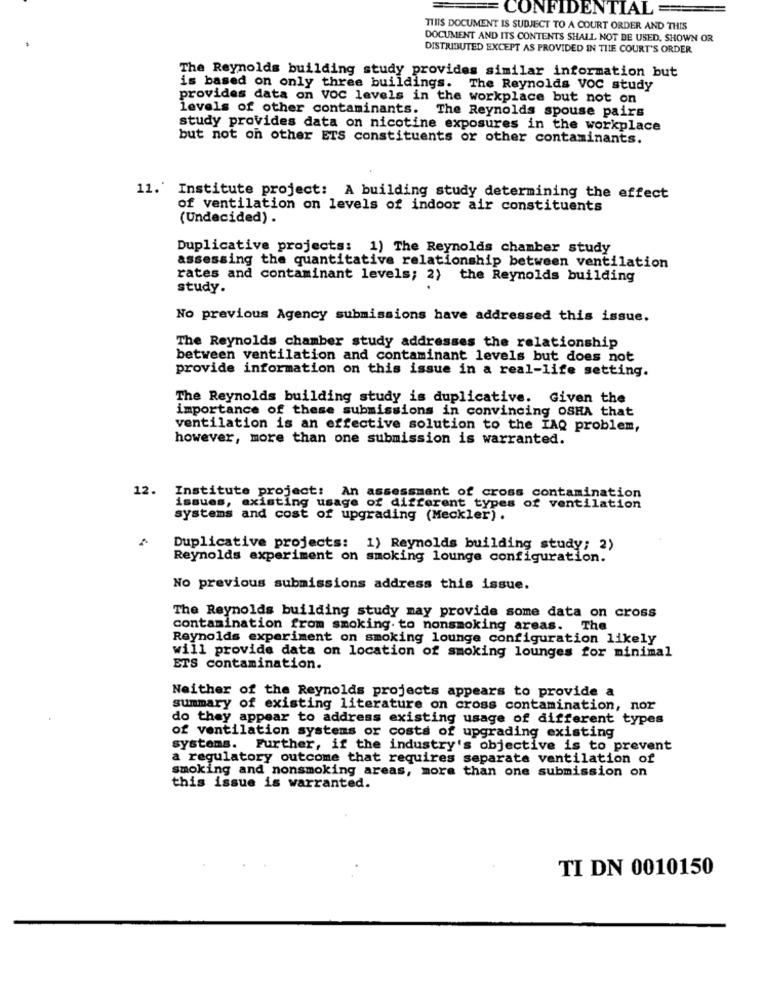
CONFIDENTIAL
THIS DOCUMENT IS SUBJECT TO A COURT ORDER AND THIS
DOCUMENT AND ITS CONTENTS SHALL NOT BE USED, SHOWN OR
DISTRIBUTED EXCEPT AS PROVIDED IN THE COURT'S ORDER
The Reynolds building study provides similar information but
is based on only three buildings. The Reynolds VOC study
provides data on VOC levels in the workplace but not on
levels of other contaminants. The Reynolds spouse pairs
study provides data on nicotine exposures in the workplace
but not on other ETS constituents or other contaminants.
11.' Institute project: A building study determining the effect
of ventilation on levels of indoor air constituents
(Undecided) .
Duplicative projects: 1) The Reynolds chamber study
assessing the quantitative relationship between ventilation
rates and contaminant levels; 2) the Reynolds building
study.
No previous Agency submissions have addressed this issue.
The Reynolds chamber study addresses the relationship
between ventilation and contaminant levels but does not
provide information on this issue in a real-life setting.
The Reynolds building study is duplicative.
Given the
importance of these submissions in convincing OSHA that
ventilation is an effective solution to the IAQ problem,
however, more than one submission is warranted.
12. Institute project: An assessment of cross contamination
issues, existing usage of different types of ventilation
systems and cost of upgrading (Meckler).
Duplicative projects: 1) Reynolds building study; 2)
Reynolds experiment on smoking lounge configuration.
No previous submissions address this issue.
The Reynolds building study may provide some data on cross
contamination from smoking. to nonsmoking areas. The
Reynolds experiment on smoking lounge configuration likely
will provide data on location of smoking lounges for minimal
ETS contamination.
Neither of the Reynolds projects appears to provide a
summary of existing literature on cross contamination, nor
do they appear to address existing usage of different types
of ventilation systems or costs of upgrading existing
systems. Further, if the industry's objective is to prevent
a regulatory outcome that requires separate ventilation of
smoking and nonsmoking areas, more than one submission on
this issue is warranted.
TI DN 0010150